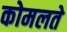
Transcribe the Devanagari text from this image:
कोमलते